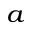
^ a